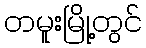
တမူးမြို့တွင်